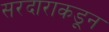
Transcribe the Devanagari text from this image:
सरदाराकडून